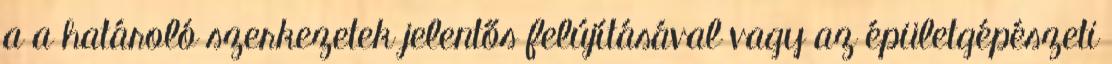
a a határoló szerkezetek jelentős felújításával vagy az épületgépészeti